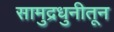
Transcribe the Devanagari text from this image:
सामुद्रधुनीतून